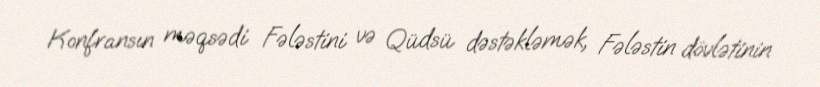
Konfransın məqsədi Fələstini və Qüdsü dəstəkləmək, Fələstin dövlətinin